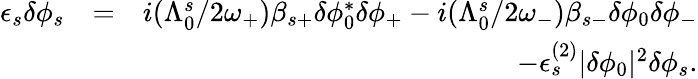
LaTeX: \begin{array}{rlr}{\epsilon_{s}\delta\phi_{s}}&{=}&{i(\Lambda_{0}^{s}/2\omega_{+})\beta_{s+}\delta\phi_{0}^{*}\delta\phi_{+}-i(\Lambda_{0}^{s}/2\omega_{-})\beta_{s-}\delta\phi_{0}\delta\phi_{-}}\\ &{}&{-\epsilon_{s}^{(2)}|\delta\phi_{0}|^{2}\delta\phi_{s}.}\end{array}